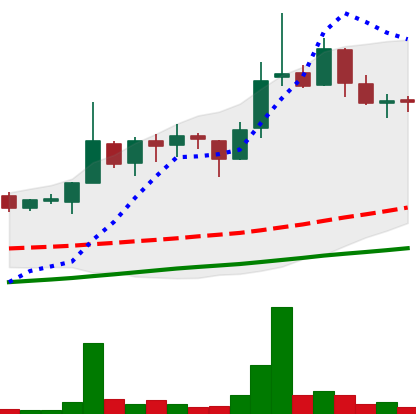
Ticker: LINK-USD
Chart end date: 2018-11-07
Forward return: 16.729%
Label: up_7plus